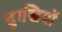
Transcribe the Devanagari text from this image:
दुःखियों